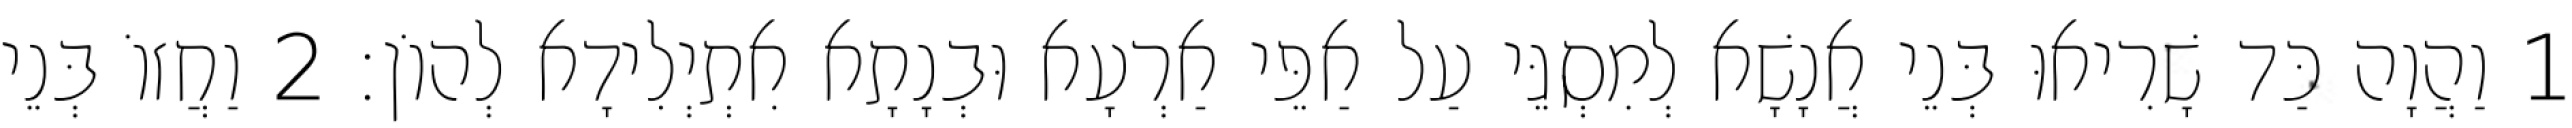
1 וַהֲוָה כַּד שָׁרִיאוּ בְּנֵי אֲנָשָׁא לְמִסְגֵּי עַל אַפֵּי אַרְעָא וּבְנָתָא אִתְיְלִידָא לְהוֹן׃ 2 וַחֲזוֹ בְּנֵי